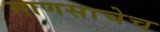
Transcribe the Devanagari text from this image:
माणसाचेच